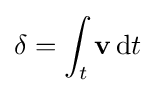
\mathbf {\delta } =\int _{t}\mathbf {v} \,\mathrm {d} t